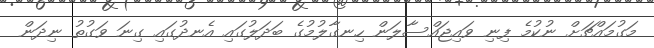
މަގުމައްޗަށް ނުކުމެ ފިނި ވައިޖައްސާލަން ހިނގާލުމުގެ ބަދަލުގައި އެނދުގައި ގިނަ ވަގުތު ނިދަން